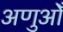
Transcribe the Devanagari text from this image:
अणुओँ